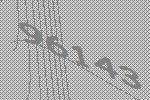
96143